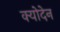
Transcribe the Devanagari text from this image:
क्योदेन